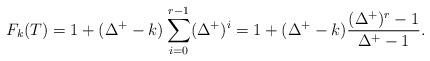
LaTeX: \begin{align*}F_k(T)=1+(\Delta^+-k)\sum_{i=0}^{r-1} (\Delta^+)^i = 1 + (\Delta^+-k)\frac{(\Delta^+)^r-1}{\Delta^+-1}.\end{align*}